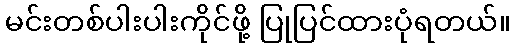
မင်းတစ်ပါးပါးကိုင်ဖို့ ပြုပြင်ထားပုံရတယ်။